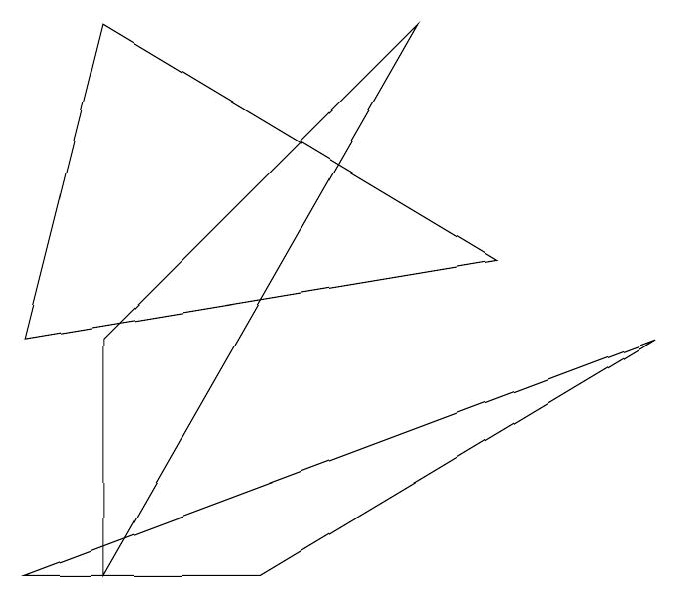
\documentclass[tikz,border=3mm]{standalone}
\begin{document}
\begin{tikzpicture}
\draw (1,2) -- (1,5) -- (5,9) -- cycle;
\draw (0,2) -- (8,5) -- (3,2) -- cycle;
\draw (0,5) -- (6,6) -- (1,9) -- cycle;
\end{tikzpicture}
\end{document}